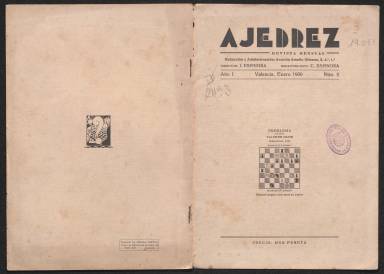
Título: Ajedrez (Valencia)
Colección: Ajedrez
Ámbito geográfico: Valencia
Lugar de publicación: Valencia
Fechas: 01/01/1930-31/05/1930